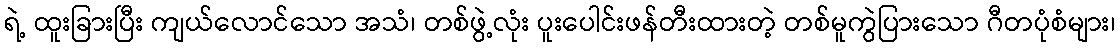
ရဲ့ ထူးခြားပြီး ကျယ်လောင်သော အသံ၊ တစ်ဖွဲ့လုံး ပူးပေါင်းဖန်တီးထားတဲ့ တစ်မူကွဲပြားသော ဂီတပုံစံများ၊